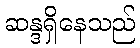
ဆန္ဒရှိနေသည်